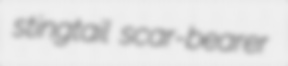
stingtail scar-bearer